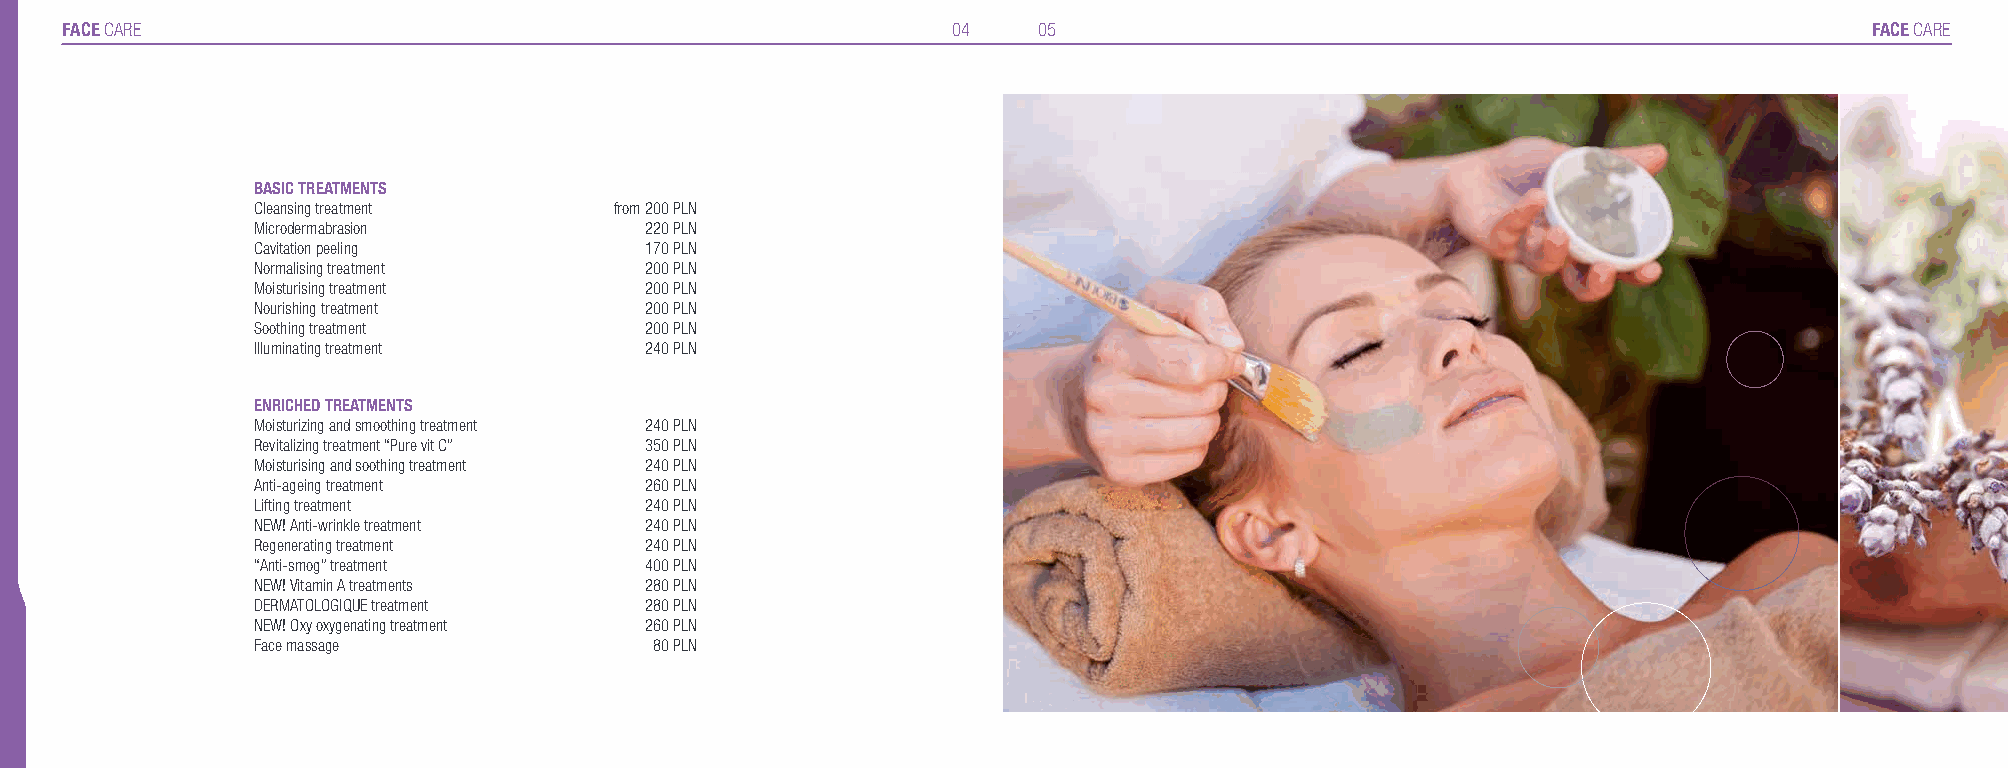
FACE CARE                                                  04    05                                                     FACE CARE
 BASIC TREATMENTS
 Cleansing treatment     from 200 PLN
 Microdermabrasion         220 PLN
 Cavitation peeling        170 PLN
 Normalising treatment     200 PLN
 Moisturising treatment    200 PLN
 Nourishing treatment      200 PLN
 Soothing treatment        200 PLN
 Illuminating treatment    240 PLN
 ENRICHED TREATMENTS
 Moisturizing and smoothing treatment 240 PLN
 Revitalizing treatment “Pure vit C” 350 PLN
 Moisturising and soothing treatment 240 PLN
 Anti-ageing treatment     260 PLN
 Lifting treatment         240 PLN
 NEW! Anti-wrinkle treatment 240 PLN
 Regenerating treatment    240 PLN
 “Anti-smog” treatment     400 PLN
 NEW! Vitamin A treatments 280 PLN
 DERMATOLOGIQUE treatment  280 PLN
 NEW! Oxy oxygenating treatment 260 PLN
 Face massage              80 PLN